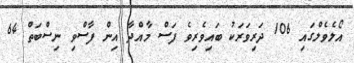
އޯލެވެލްގައި 106 ދަރިވަރަކު ބައިވެރިވެ ފަސް މާއްދާ އިން ފާސްވި ނިސްބަތް 64